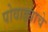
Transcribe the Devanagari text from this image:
पोवाड्याचे